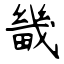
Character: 畿